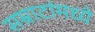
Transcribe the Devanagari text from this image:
सम्राटांमध्ये